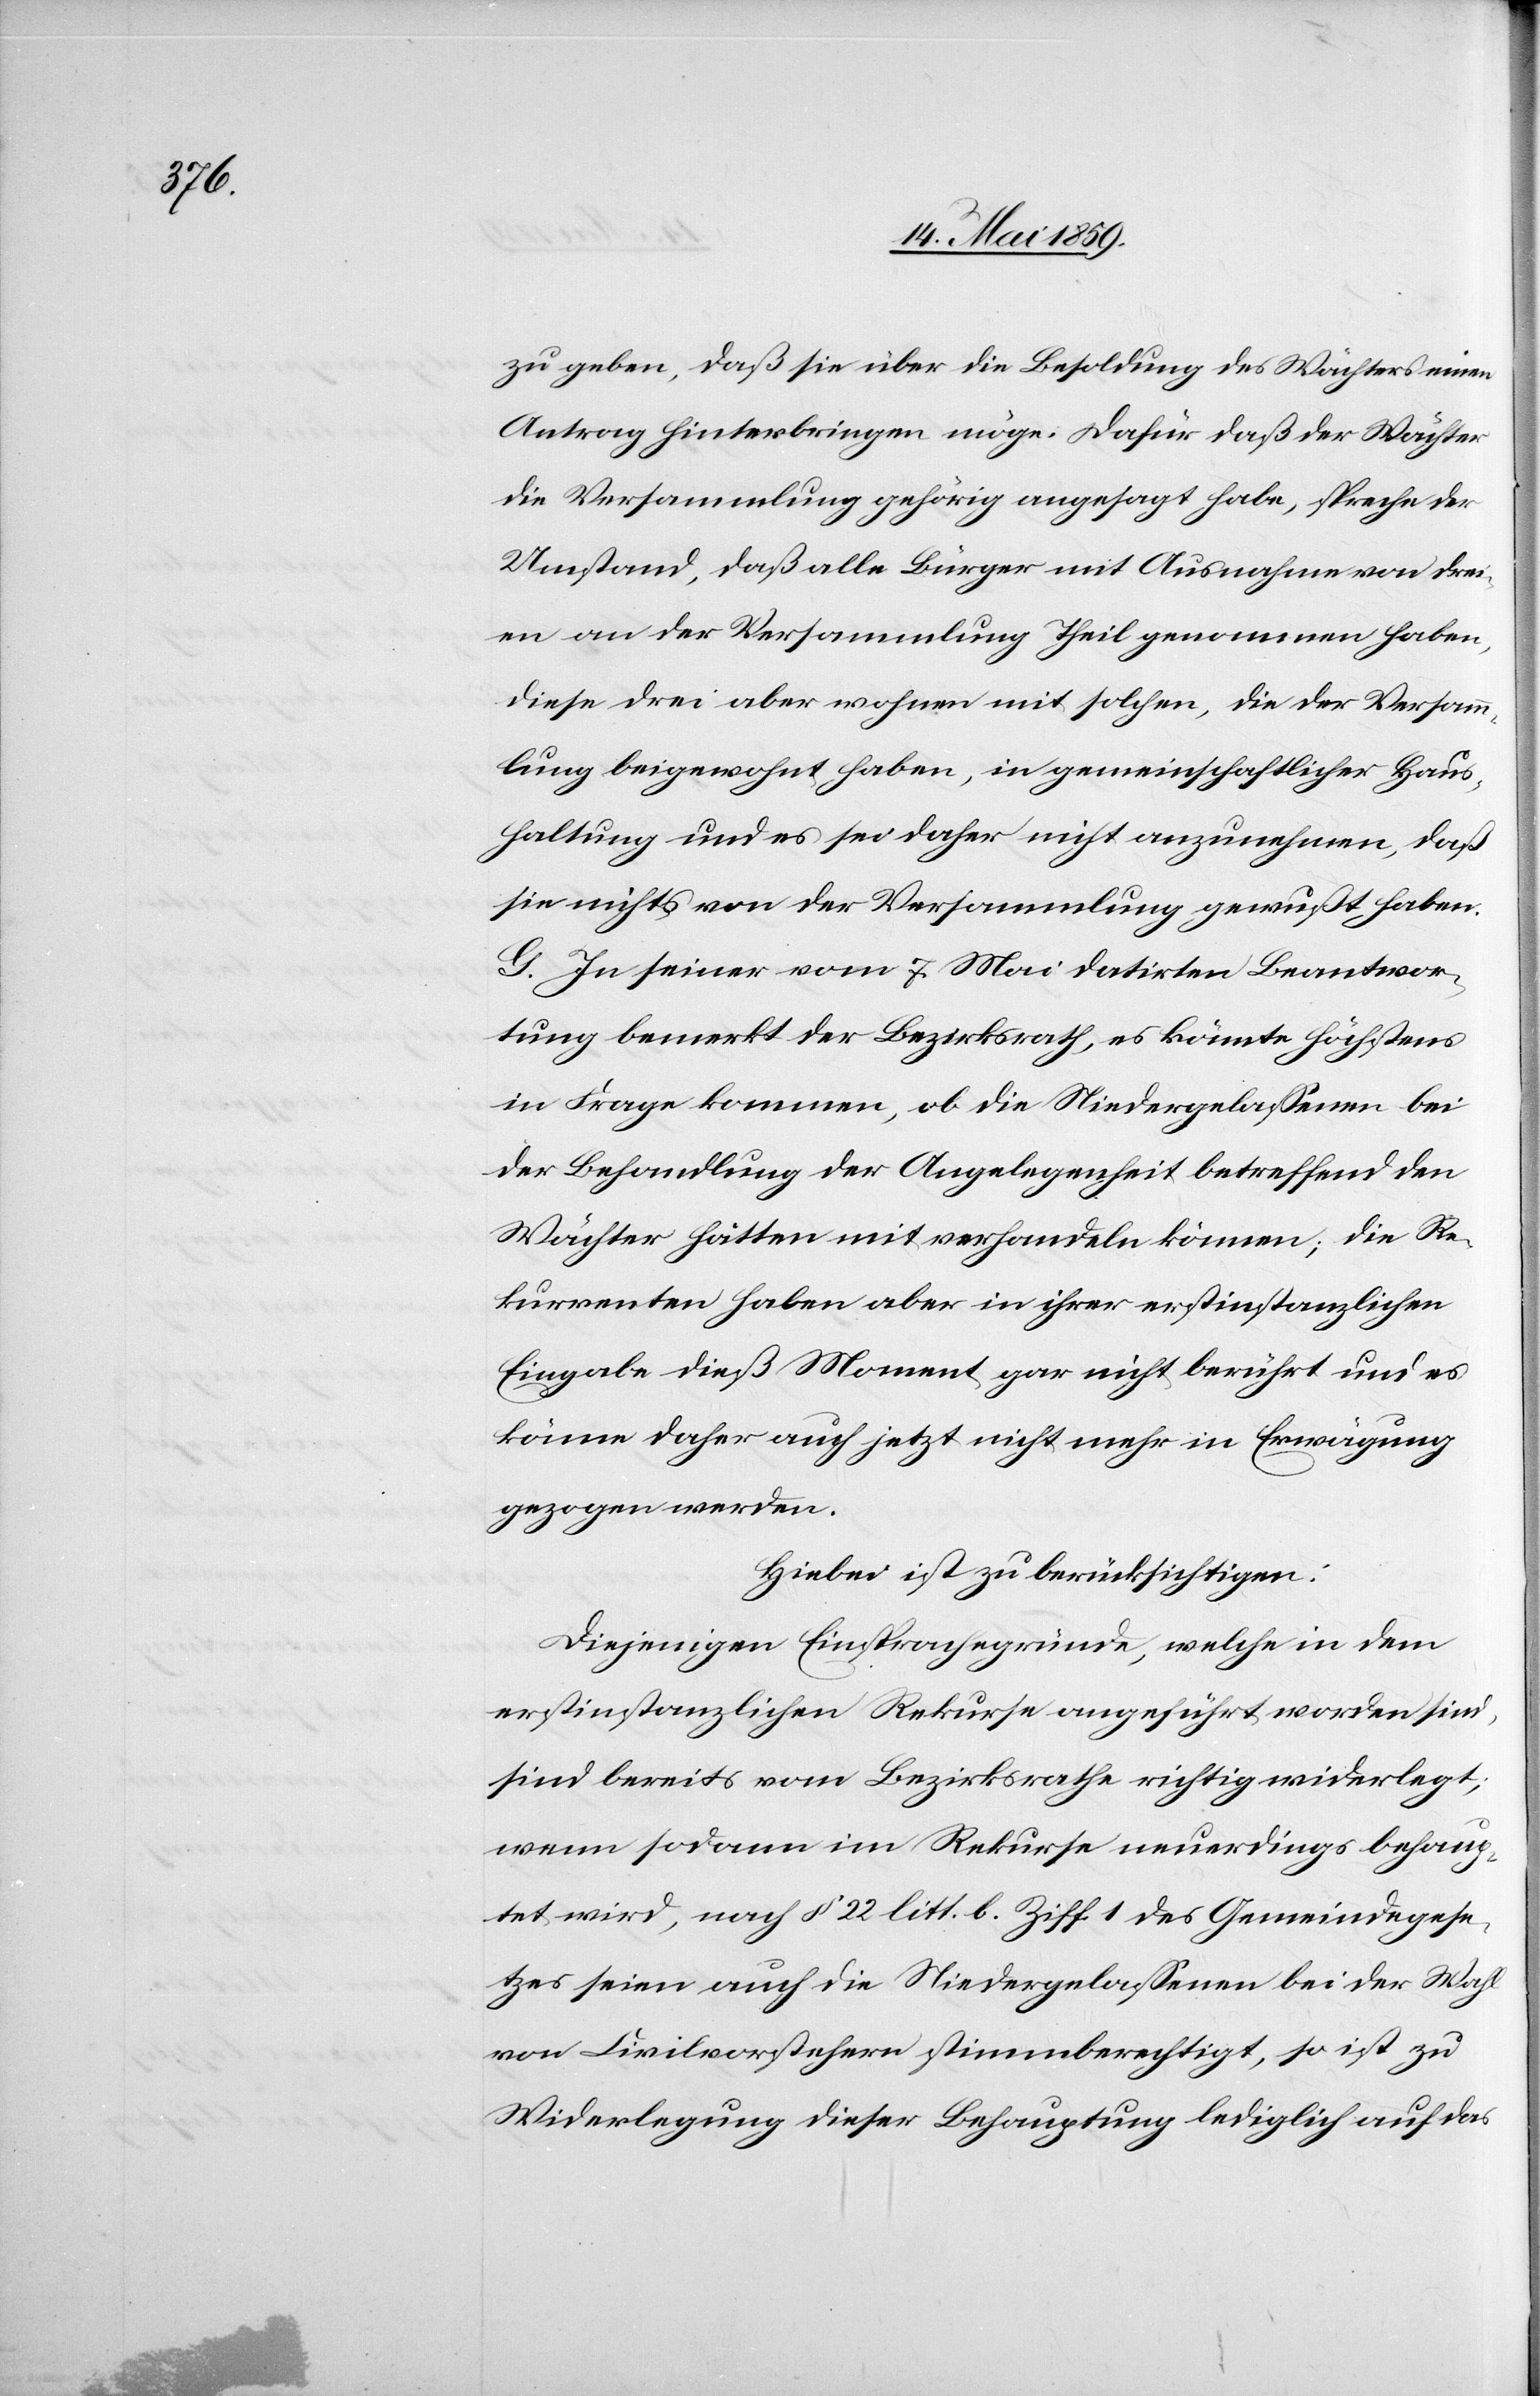
zu geben, daß sie über die Besoldung des Wächters einen
Antrag hinterbringen möge. Dafür daß der Wächter
die Versammlung gehörig angesagt habe, spreche der
Umstand, daß alle Bürger mit Ausnahme von drei¬
en an der Versammlung Theil genommen haben,
diese drei aber wohnen mit solchen, die der Versamm¬
lung beigewohnt haben, in gemeinschaftlicher Haus¬
haltung und es sei daher nicht anzunehmen, daß
sie nichts von der Versammlung gewußt haben.
G. In seiner vom 7. Mai datirten Beantwor¬
tung bemerkt der Bezirksrath, es könnte höchstens
in Frage kommen, ob die Niedergelaßenen bei
der Behandlung der Angelegenheit betreffend den
Wächter hätten mitverhandeln können; die Re¬
kurrenten haben aber in ihrer erstinstanzlichen
Eingabe dieß Moment gar nicht berührt und es
könne daher auch jetzt nicht mehr in Erwägung
gezogen werden.
Hiebei ist zu berücksichtigen:
Diejenigen Einsprachegründe, welche in dem
erstinstanzlichen Rekurse angeführt worden sind,
sind bereits vom Bezirksrathe richtig widerlegt;
wenn sodann im Rekurse neuerdings behaup¬
tet wird, nach § 22 litt. b. Ziff. 1 des Gemeindegese¬
tzes seien auch die Niedergelaßenen bei der Wahl
von Civilvorstehern stimmberechtigt, so ist zu
Widerlegung dieser Behauptung lediglich auf das